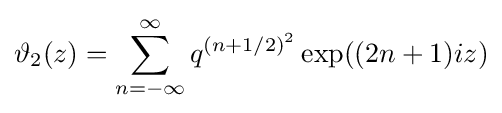
\vartheta _{2}(z)=\sum _{n=-\infty }^{\infty }q^{(n+1/2)^{2}}\exp((2n+1)iz)